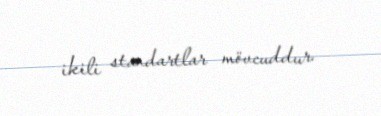
ikili standartlar mövcuddur.